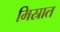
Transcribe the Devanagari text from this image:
मिस्रात